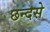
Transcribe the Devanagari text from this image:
छन्दसे